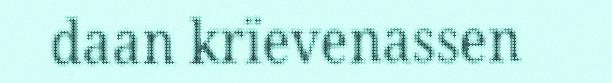
daan krïevenassen